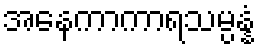
အနေကာကာရသမ္ပန္နံ